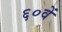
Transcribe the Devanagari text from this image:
६०वें